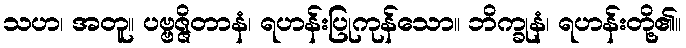
သဟ၊ အတူ။ ပဗ္ဗဇ္ဇိတာနံ၊ ရဟန်းပြုကုန်သော။ ဘိက္ခုနံ၊ ရဟန်းတို့၏။